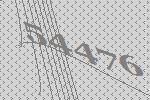
54476